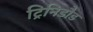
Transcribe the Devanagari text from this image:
ट्रिनिडौड